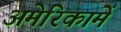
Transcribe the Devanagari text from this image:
अमेरिकामें